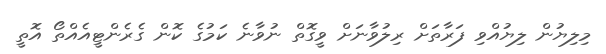
މިލިޔުން ލިޔުއްވި ފަރާތަށް ރިލުވާނަށް ވީގޮތް ނުވާނެ ކަމުގެ ކޮން ގެރެންޓީއެއްތޯ އޮތީ